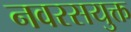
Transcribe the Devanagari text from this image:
नवरसयुक्त